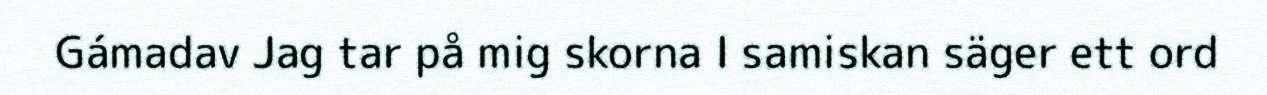
Gámadav Jag tar på mig skorna I samiskan säger ett ord